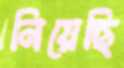
নিয়েছি